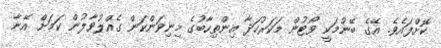
ކޮށްފައެވެ. އޭގެ ބޭނުމަކީ ވޯޓުން މަކަރުހަދާ އިންތިހާބުގެ މިނިވަންކަން ގެއްލުވާލުން ކަމަށް އޭނާ